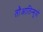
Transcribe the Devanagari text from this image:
तौआतिन्सुयो